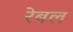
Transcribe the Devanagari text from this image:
रेबल